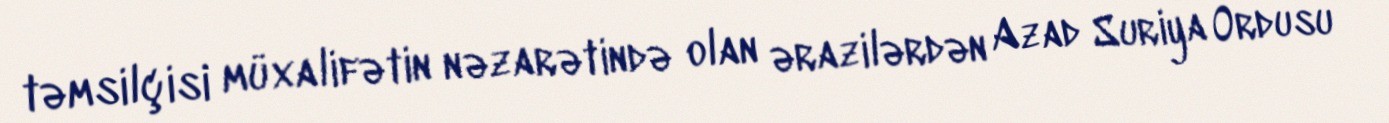
təmsilçisi müxalifətin nəzarətində olan ərazilərdən Azad Suriya Ordusu